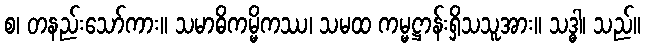
စ၊ တနည်းသော်ကား။ သမာဓိကမ္မိကဿ၊ သမထ ကမ္မဋ္ဌာန်းရှိသသူအား။ သဒ္ဓါ၊ သည်။